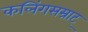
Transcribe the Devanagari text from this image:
कलिंगसम्राट्